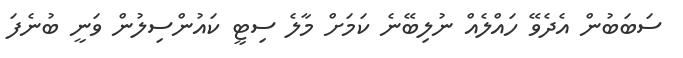
ސަބަބުން އެދެވޭ ހައްލެއް ނުލިބޭނެ ކަމަށް މާލެ ސިޓީ ކައުންސިލުން ވަނީ ބުނެފަ